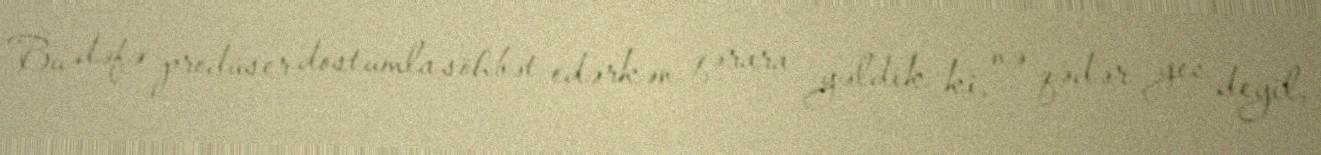
Bu dəfə prodüser dostumla söhbət edərkən qərara gəldik ki, nə qədər gec deyil,